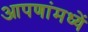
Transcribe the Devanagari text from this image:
आपणांमध्यें